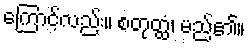
ကြောင့်လည်း။ စတုတ္ထံ၊ မည်၏။